Indian journal of veterinary science and animal husbandry - Volume 10,
Year: 1940
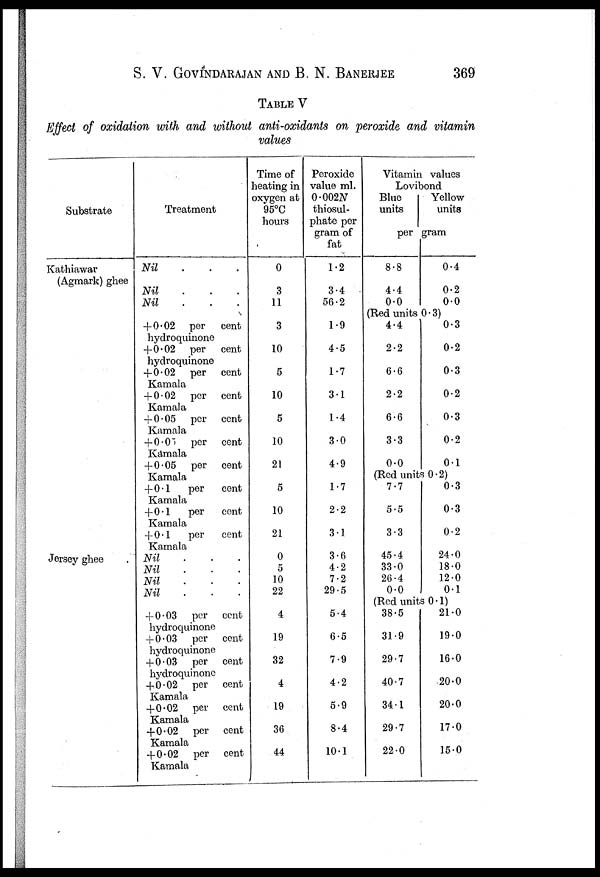
S. V. GOVINDARAJAN AND B. N. BANERJEE
369
TABLE V
Effect of oxidation with and without anti-oxidants on peroxide and vitamin
values
Substrate
Kathiawar
(Agmark) ghee
Jersey ghee
Treatment
Nil
.
.
.
Nil . . .
Nil
.
.
.
+ 0.02 per cent
hydroquinone
+0.02 per cent
hydroquinone
+ 0.02
per cent
Kamala
+ 0.02
per cent
Kamala
+ 0.05 per cent
Kamala
+ 0.05 per cent
Kamala
+ 0.05 per cent
Kamala
+ 0.1
per cent
Kamala
+0.1
per cent
Kamala
+ 0.1
per cent
Kamala
Nil . . .
Nil . . .
Nil . . .
Nil . . .
+ 0.03 per cent
hydroquinone
+ 0.03 per cent
hydroquinone
+0.03
per cent
hydroquinone
+0.02 per cent
Kamala
+0.02 per cent
Kamala
+0.02 per cent
Kamala
+0.02 per cent
Kamala
Time of
heating in
oxygen at
95°C
hours
0
3
11
3
10
5
10
5
10
21
5
10
21
0
5
10
22
4
19
32
4
19
36
44
Peroxide
value ml.
0.002N
thiosul¬
phate per
gram of
fat
1.2
3.4
56.2
1.9
4.5
1.7
3.1
1.4
3.0
4.9
1.7
2.2
3.1
3.6
4.2
7.2
29.5
5.4
6.5
7.9
4.2
5.9
8.4
10.1
Vitamin values
Lovibond
Blue
units
Yellow
units
per gram
8.8
4.4
0.0
0.4
0.2
0.0
(Red units 0.3)
4.4
2.2
6.6
2.2
6.6
3.3
0.0
0.3
0.2
0.3
0.2
0.3
0.2
0.1
(Red units 0.2)
7.7
5.5
3.3
45.4
33.0
26.4
0.0
0.3
0.3
0.2
24.0
18.0
12.0
0.1
(Red units 0.1)
38.5
31.9
29.7
40.7
34.1
29.7
22.0
21.0
19.0
16.0
20.0
20.0
17.0
15.0